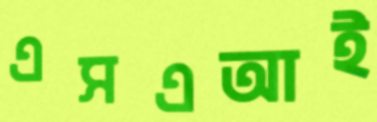
এসএআই